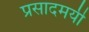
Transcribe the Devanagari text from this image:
प्रसादमयी